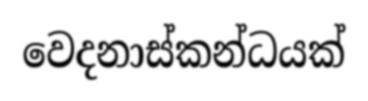
වෙදනාස්කන්ධයක්